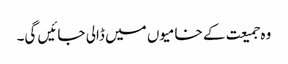
وہ جمیعت کے خامیوں میں ڈالی جائیں گی۔